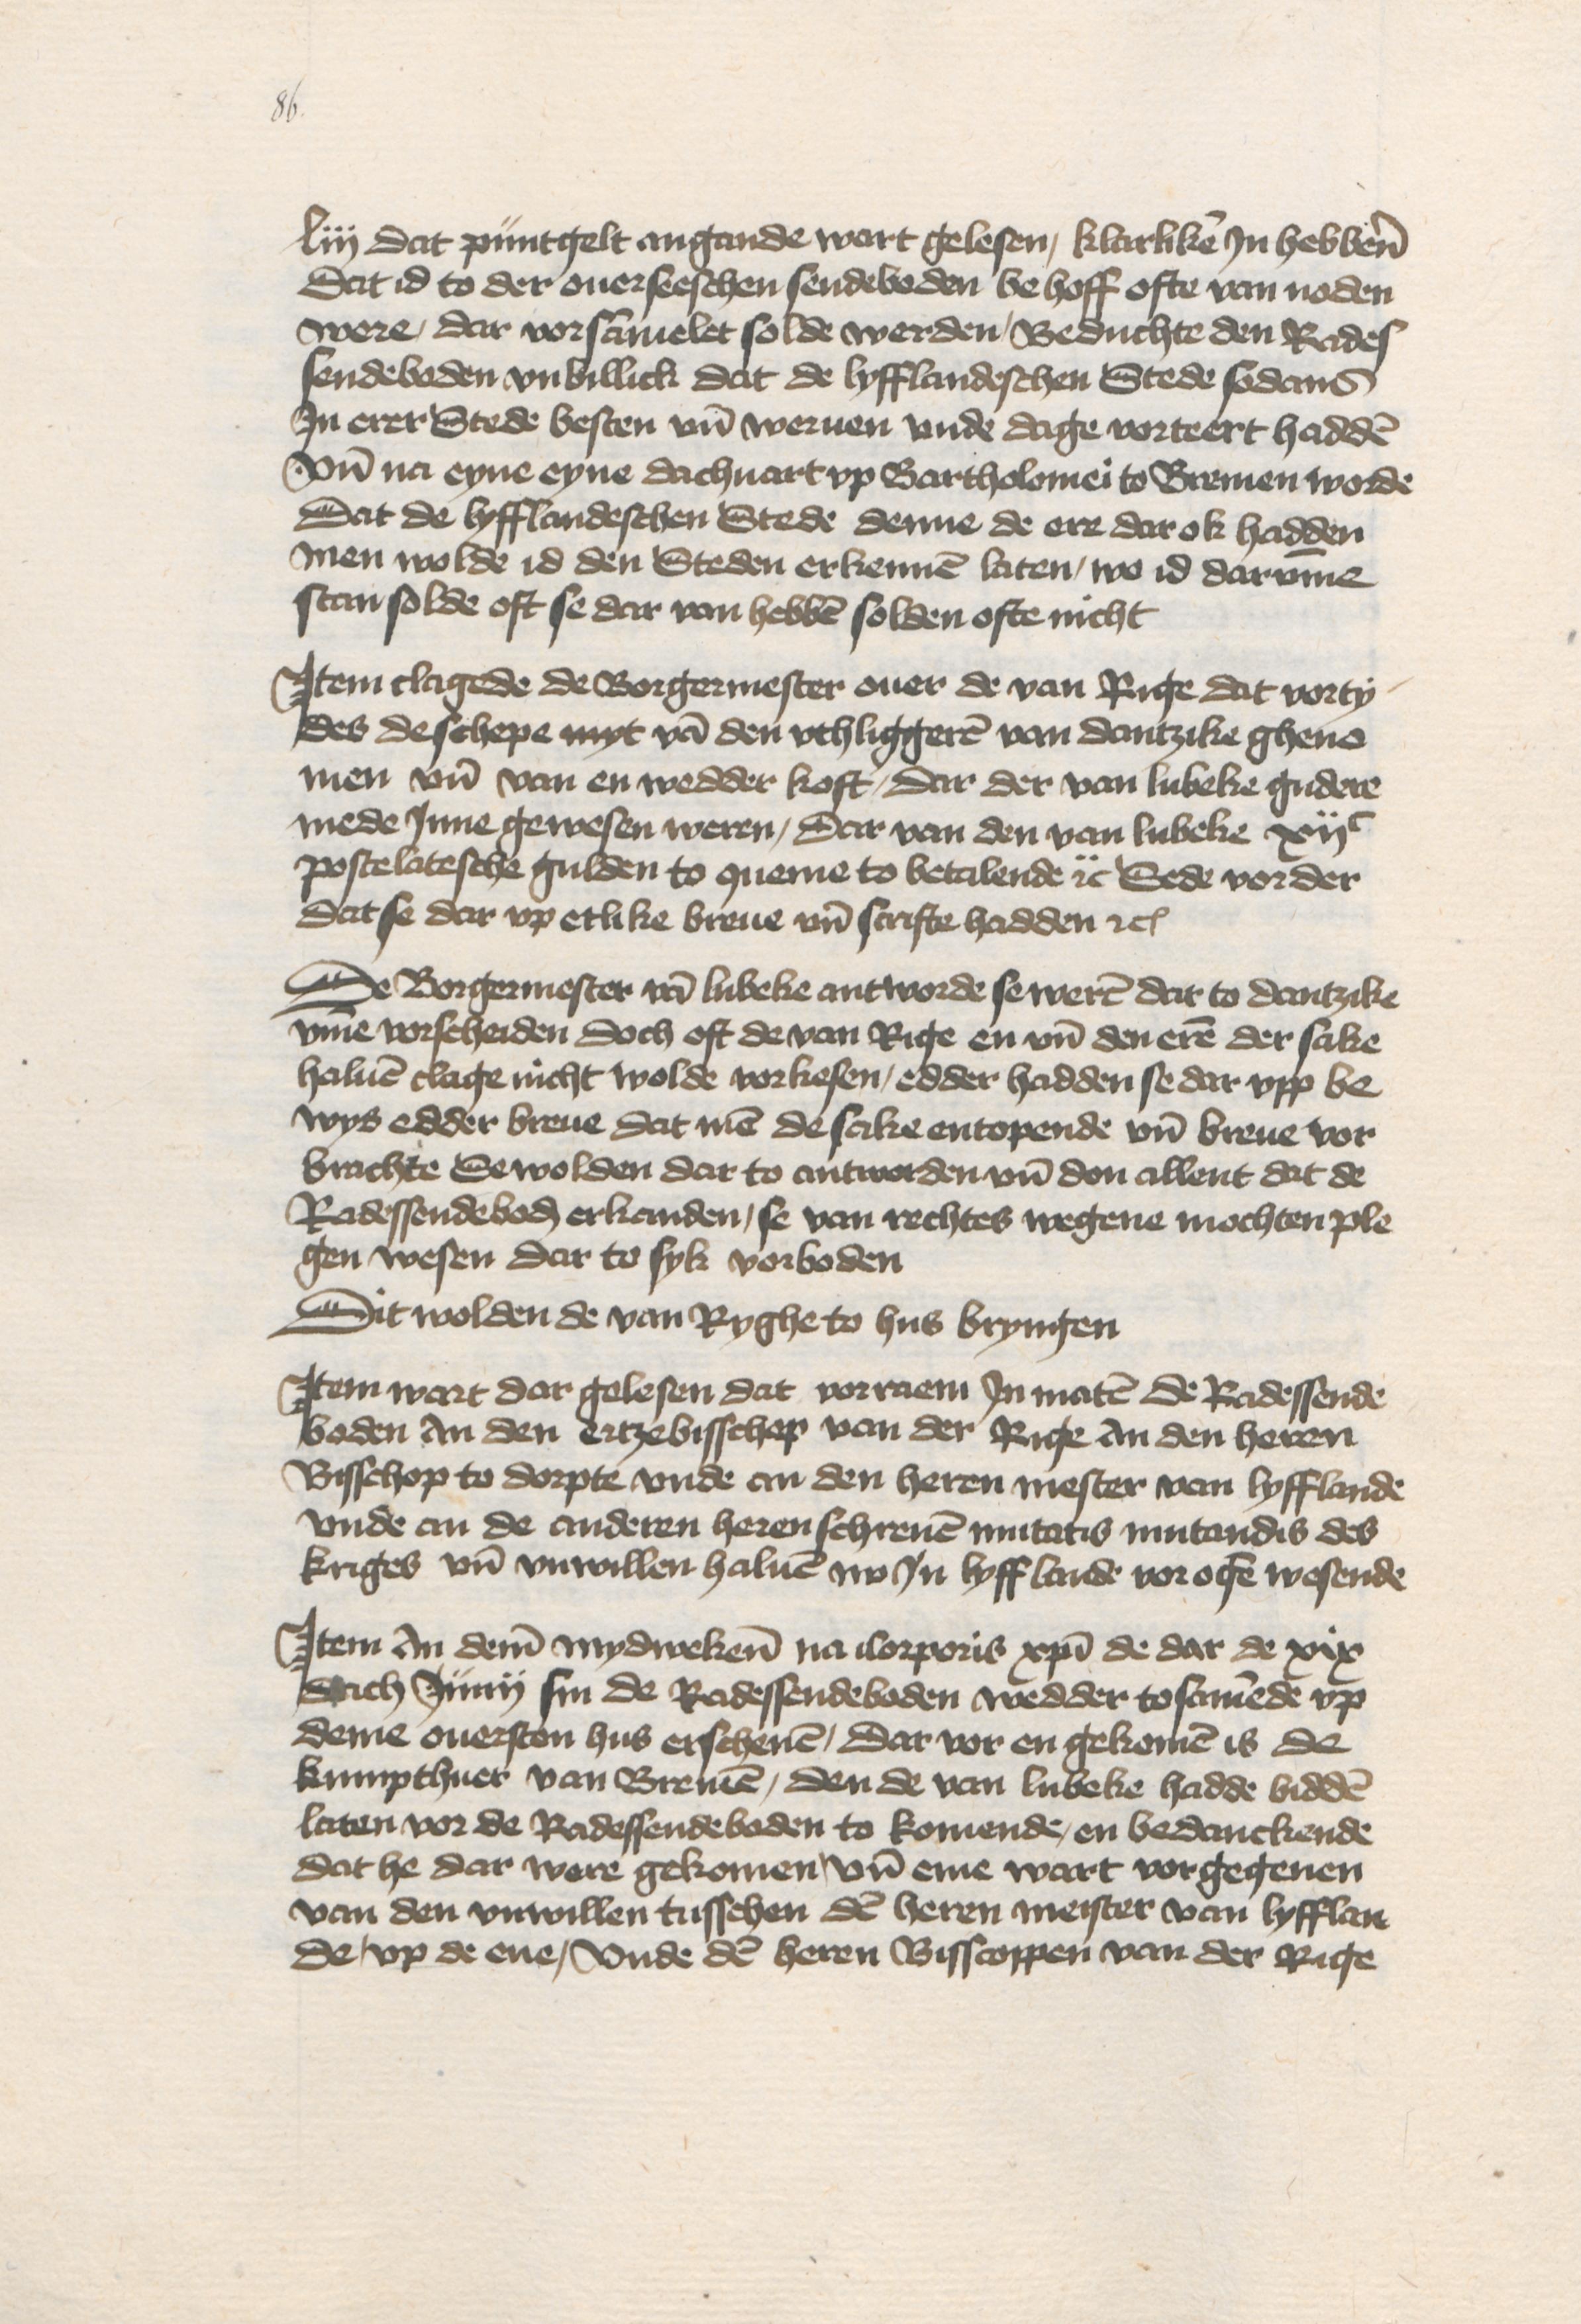
liij dat puntgelt angande wart gelesen, klarliken Jn hebbene
dat id to der ouerseeschen sendeboden behoff ofte van noden
were, dar vorsammelet solde werden, Beduchte den Rades¬
sendeboden vnbillick dat de lyfflandeschen Stede sodans
Jn erer Stede besten vnd weruen vnde dage vorteert hadden
Vnd na eyne eyne dachuart vp Bartholomei to Bremen worde
Dat de lyfflandeschen Stede denne de ere dar ok hadden
men wolde id den Steden erkennen laten, wo id darvmme
stan solde oft se dar van hebben solden ofte nicht

Jtem clagede de Borgermester ouer de van Rnge dat vorty¬
des de schepe myt van den vthliggeren van Dantzike gheno¬
men vnd van en wedder koft, dar der van Lubeke gudere
mede Jnne gewesen weren, dar van den van Lubeke xijc
postelatesche gulden to queme to betalende etc Sede vorder
dat se dar vp etlike breue vnd scrifte hadden etc

De Borgermester van Lubeke antworde se weren dat to Dantzike
vmme vorscheiden doch oft de van Rige en vnd den eren der sake
haluen clage nicht wolde vorkesen, edder hadden se dar vpp be¬
wys edder breue dat men de sake entopende vnd breue vor¬
brachte Se wolden dar to antworden vnd don allent dat de
Radessendeboden erkanden, se van rechtes wegene mochten ple¬
gen wesen dar to syk vorboden

Dit wolden de van Ryghe to hus bryngen

Jtem wart dar gelesen dat vor raem Jn maten de Radessende¬
boden An den ertzebisschop van der Rige An den heren
Bissehop to Dorpte vnde an den heren mester van Lyfflande
vnde an de anderen heren schreuen mutatis mutandis des
kriges vnd vnwillen haluen nv Jn Lyfflande vor ogen wesende

Jtem An deme mydwekene na Corporis Christi de dar de xix
dach Junij sin de Radessendeboden wedder tosamende vp
deme ouersten hus erschenen, dar vor en gekomen is de
kumpthuer van Bremen, den de van Lubeke hadde bidden
laten vor de Radessendeboden to komende, en bedanckende
dat he dar were gekomen, vnd eme wart vorgegeuen
van den vnwillen tusschen den heren meister van Lyfflan¬
de, vp de ene, Vnde den heren Bisscoppen van der Rige